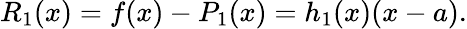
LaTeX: R_{1}(x)=f(x)-P_{1}(x)=h_{1}(x)(x-a).